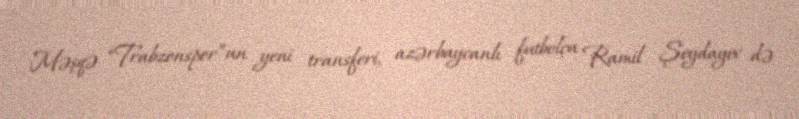
Məşqə “Trabzonspor”un yeni transferi, azərbaycanlı futbolçu Ramil Şeydayev də